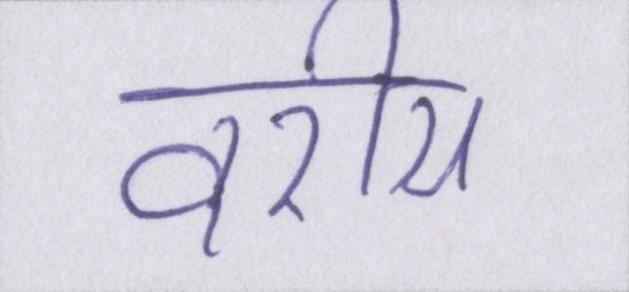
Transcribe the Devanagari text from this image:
वरीय